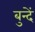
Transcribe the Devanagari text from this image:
बुन्दें